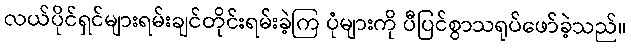
လယ်ပိုင်ရှင်များရမ်းချင်တိုင်းရမ်းခဲ့ကြ ပုံများကို ပီပြင်စွာသရုပ်ဖော်ခဲ့သည်။